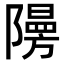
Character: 𮥧